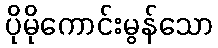
ပိုမိုကောင်းမွန်သော